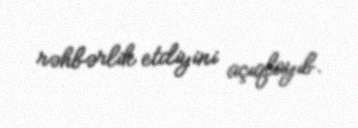
rəhbərlik etdiyini açıqlayıb.